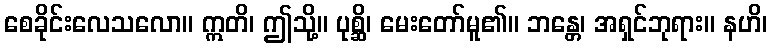
စေခိုင်းလေသလော။ ဣတိ၊ ဤသို့။ ပုစ္ဆိ၊ မေးတော်မူ၏။ ဘန္တေ၊ အရှင်ဘုရား။ နဟိ၊